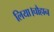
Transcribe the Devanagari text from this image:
लिया।चौहान